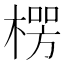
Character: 𪳏